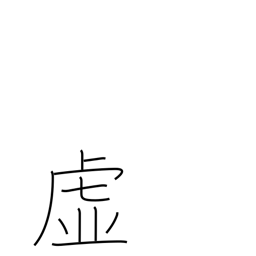
Meaning: void